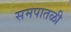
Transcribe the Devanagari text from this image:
समपातळी